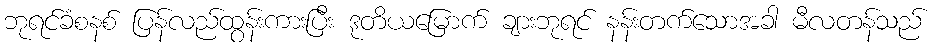
ဘုရင်ခံစနစ် ပြန်လည်ထွန်းကားပြီး ဒုတိယမြောက် ချားဘုရင် နန်းတက်သောအခါ မီလတန်သည်